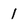
Character: 1